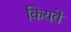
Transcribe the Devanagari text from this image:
कियवे